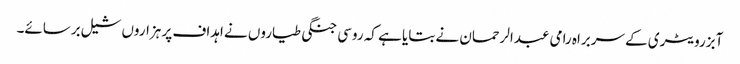
آبزرویٹری کے سربراہ رامی عبدالرحمان نے بتایا ہے کہ روسی جنگی طیاروں نے اہداف پر ہزاروں شیل برسائے۔